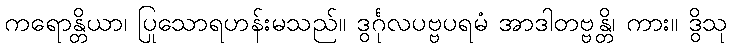
ကရောန္တိယာ၊ ပြုသောရဟန်းမသည်။ ဒွင်္ဂုလပဗ္ဗပရမံ အာဒါတဗ္ဗန္တိ၊ ကား။ ဒွိသု